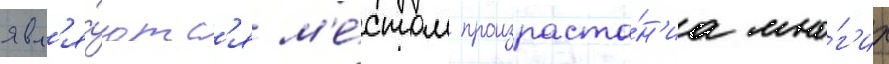
явл'я́ютс'я м'е́стом произраста́н'иа мно́г'их